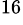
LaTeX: ^\mathrm{16}